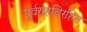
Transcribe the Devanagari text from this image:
पूर्वग्रहविरहित